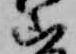
山